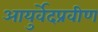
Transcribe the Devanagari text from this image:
आयुर्वेदप्रवीण